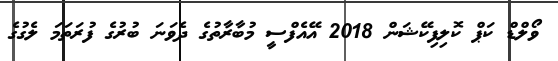
ވޯލްޑް ކަޕް ކޮލިފިކޭޝަން 2018 އޭއެފްސީ މުބާރާތުގެ ދެވަނަ ބުރުގެ ފުރަތަމަ ލެގުގެ